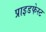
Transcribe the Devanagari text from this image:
प्राइडफेस्ट